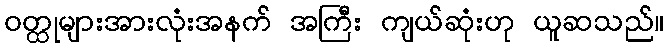
ဝတ္ထုများအားလုံးအနက် အကြီး ကျယ်ဆုံးဟု ယူဆသည်။